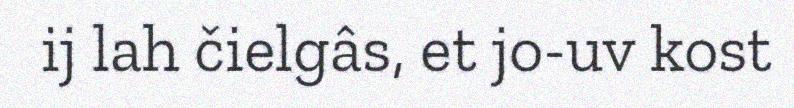
ij lah čielgâs, et jo-uv kost